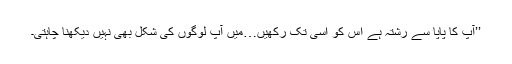
’’آپ کا پاپا سے رشتہ ہے اس کو اسی تک رکھیں…میں آپ لوگوں کی شکل بھی نہیں دیکھنا چاہتی۔